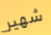
شهير